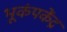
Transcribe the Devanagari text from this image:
भूकंपकेंद्र